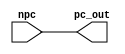
`timescale 1ns / 1ps
//////////////////////////////////////////////////////////////////////////////////
// Course: CSE 401 
// Name: Bryant Aparicio & Riley Sherwood
// Module Name: pc_mod
// Project Name: Labratory 1

// Description: The Program Counter (PC) will hold the current 32 bit number 
// being incremented and will then receive a new number as an input from the MUX. 
// Upon receiving a new value it will send it to the PC Incrementor and the 
// Instruction Memory module.

//////////////////////////////////////////////////////////////////////////////////


module pc_mod(
    output reg [31:0] pc_out,   //Output of pc_module 
    input wire [31:0] npc       //Input of pc_module
    );
    
initial begin
    pc_out <= 0;    //  Sets pc_out to zero to on first run 
end

always @ (npc)
begin
    #1 pc_out <= npc;   //Update value of PC to NPC
end

endmodule